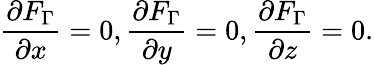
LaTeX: \frac{\partial F_{\Gamma}}{\partial x}=0,\frac{\partial F_{\Gamma}}{\partial y}=0,\frac{\partial F_{\Gamma}}{\partial z}=0.